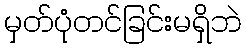
မှတ်ပုံတင်ခြင်းမရှိဘဲ